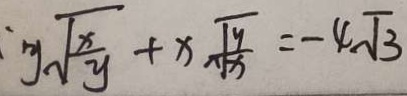
: y \sqrt { \frac { x } { y } } + x \sqrt { \frac { y } { x } } = - 4 \sqrt { 3 }